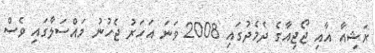
ރަޝިއާ އާއި ޖޯޖިއާގެ ދެމެދުގައި 2008 ވަނަ އަހަރު ޖެހުނު މައްސަލާގައި ވެސް